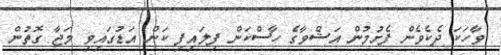
ވާހަކަ ދެކެވެން ފެށުމުން އަޝްވާގެ ހާސްކަން ފިލައިފި ކަން އަޑުގައިވި މަޖާ ގޮތުން